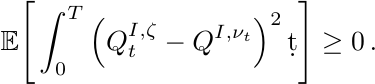
\begin{align*}
& \mathbb E \Bigg[  \int_0^T \left(Q^{I,\zeta}_t - Q^{I,\nu_t}\right)^2 \d t\Bigg] \geq  0 \,.
\end{align*}